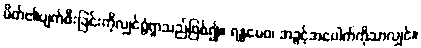
မိတ်၏ပျက်စီးခြင်းကိုလျှင်ရွံရှာသည်ဖြစ်၍။ ရန္ဓမေဝ၊ အခွင့်အပေါက်ကိုသာလျှင်။